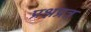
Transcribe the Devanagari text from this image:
प्रश्नप्रत्र